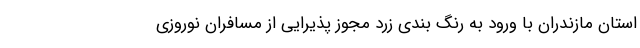
استان مازندران با ورود به رنگ بندی زرد مجوز پذیرایی از مسافران نوروزی